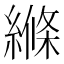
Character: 縧